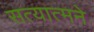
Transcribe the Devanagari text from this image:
सत्यात्मने